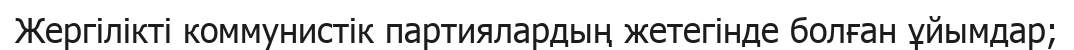
Жергілікті коммунистік партиялардың жетегінде болған ұйымдар;